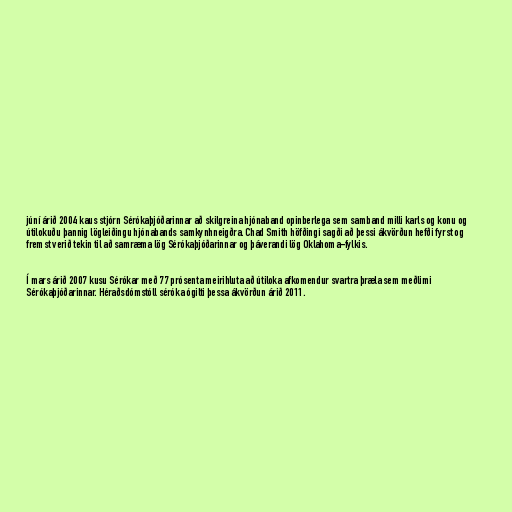
júní árið 2004 kaus stjórn Sérókaþjóðarinnar að skilgreina hjónaband opinberlega sem samband milli karls og konu og
útilokuðu þannig lögleiðingu hjónabands samkynhneigðra. Chad Smith höfðingi sagði að þessi ákvörðun hefði fyrst og
fremst verið tekin til að samræma lög Sérókaþjóðarinnar og þáverandi lög Oklahoma-fylkis.

Í mars árið 2007 kusu Sérókar með 77 prósenta meirihluta að útiloka afkomendur svartra þræla sem meðlimi
Sérókaþjóðarinnar. Héraðsdómstóll séróka ógilti þessa ákvörðun árið 2011.